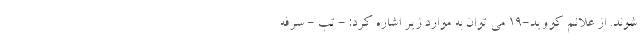
شوند. از علائم کووید-19 می توان به موارد زیر اشاره کرد: - تب - سرفه